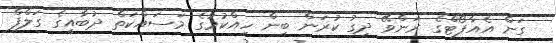
ގަން އެއާޕޯޓްގެ ރަންވޭ ދިގު ކުރަން ބިން ހިއްކުމުގެ މަސައްކަތް ދުބާއީގެ ގަލްފް